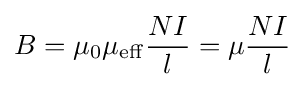
B=\mu _{0}\mu _{\mathrm {eff} }{\frac {NI}{l}}=\mu {\frac {NI}{l}}